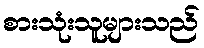
စားသုံးသူများသည်